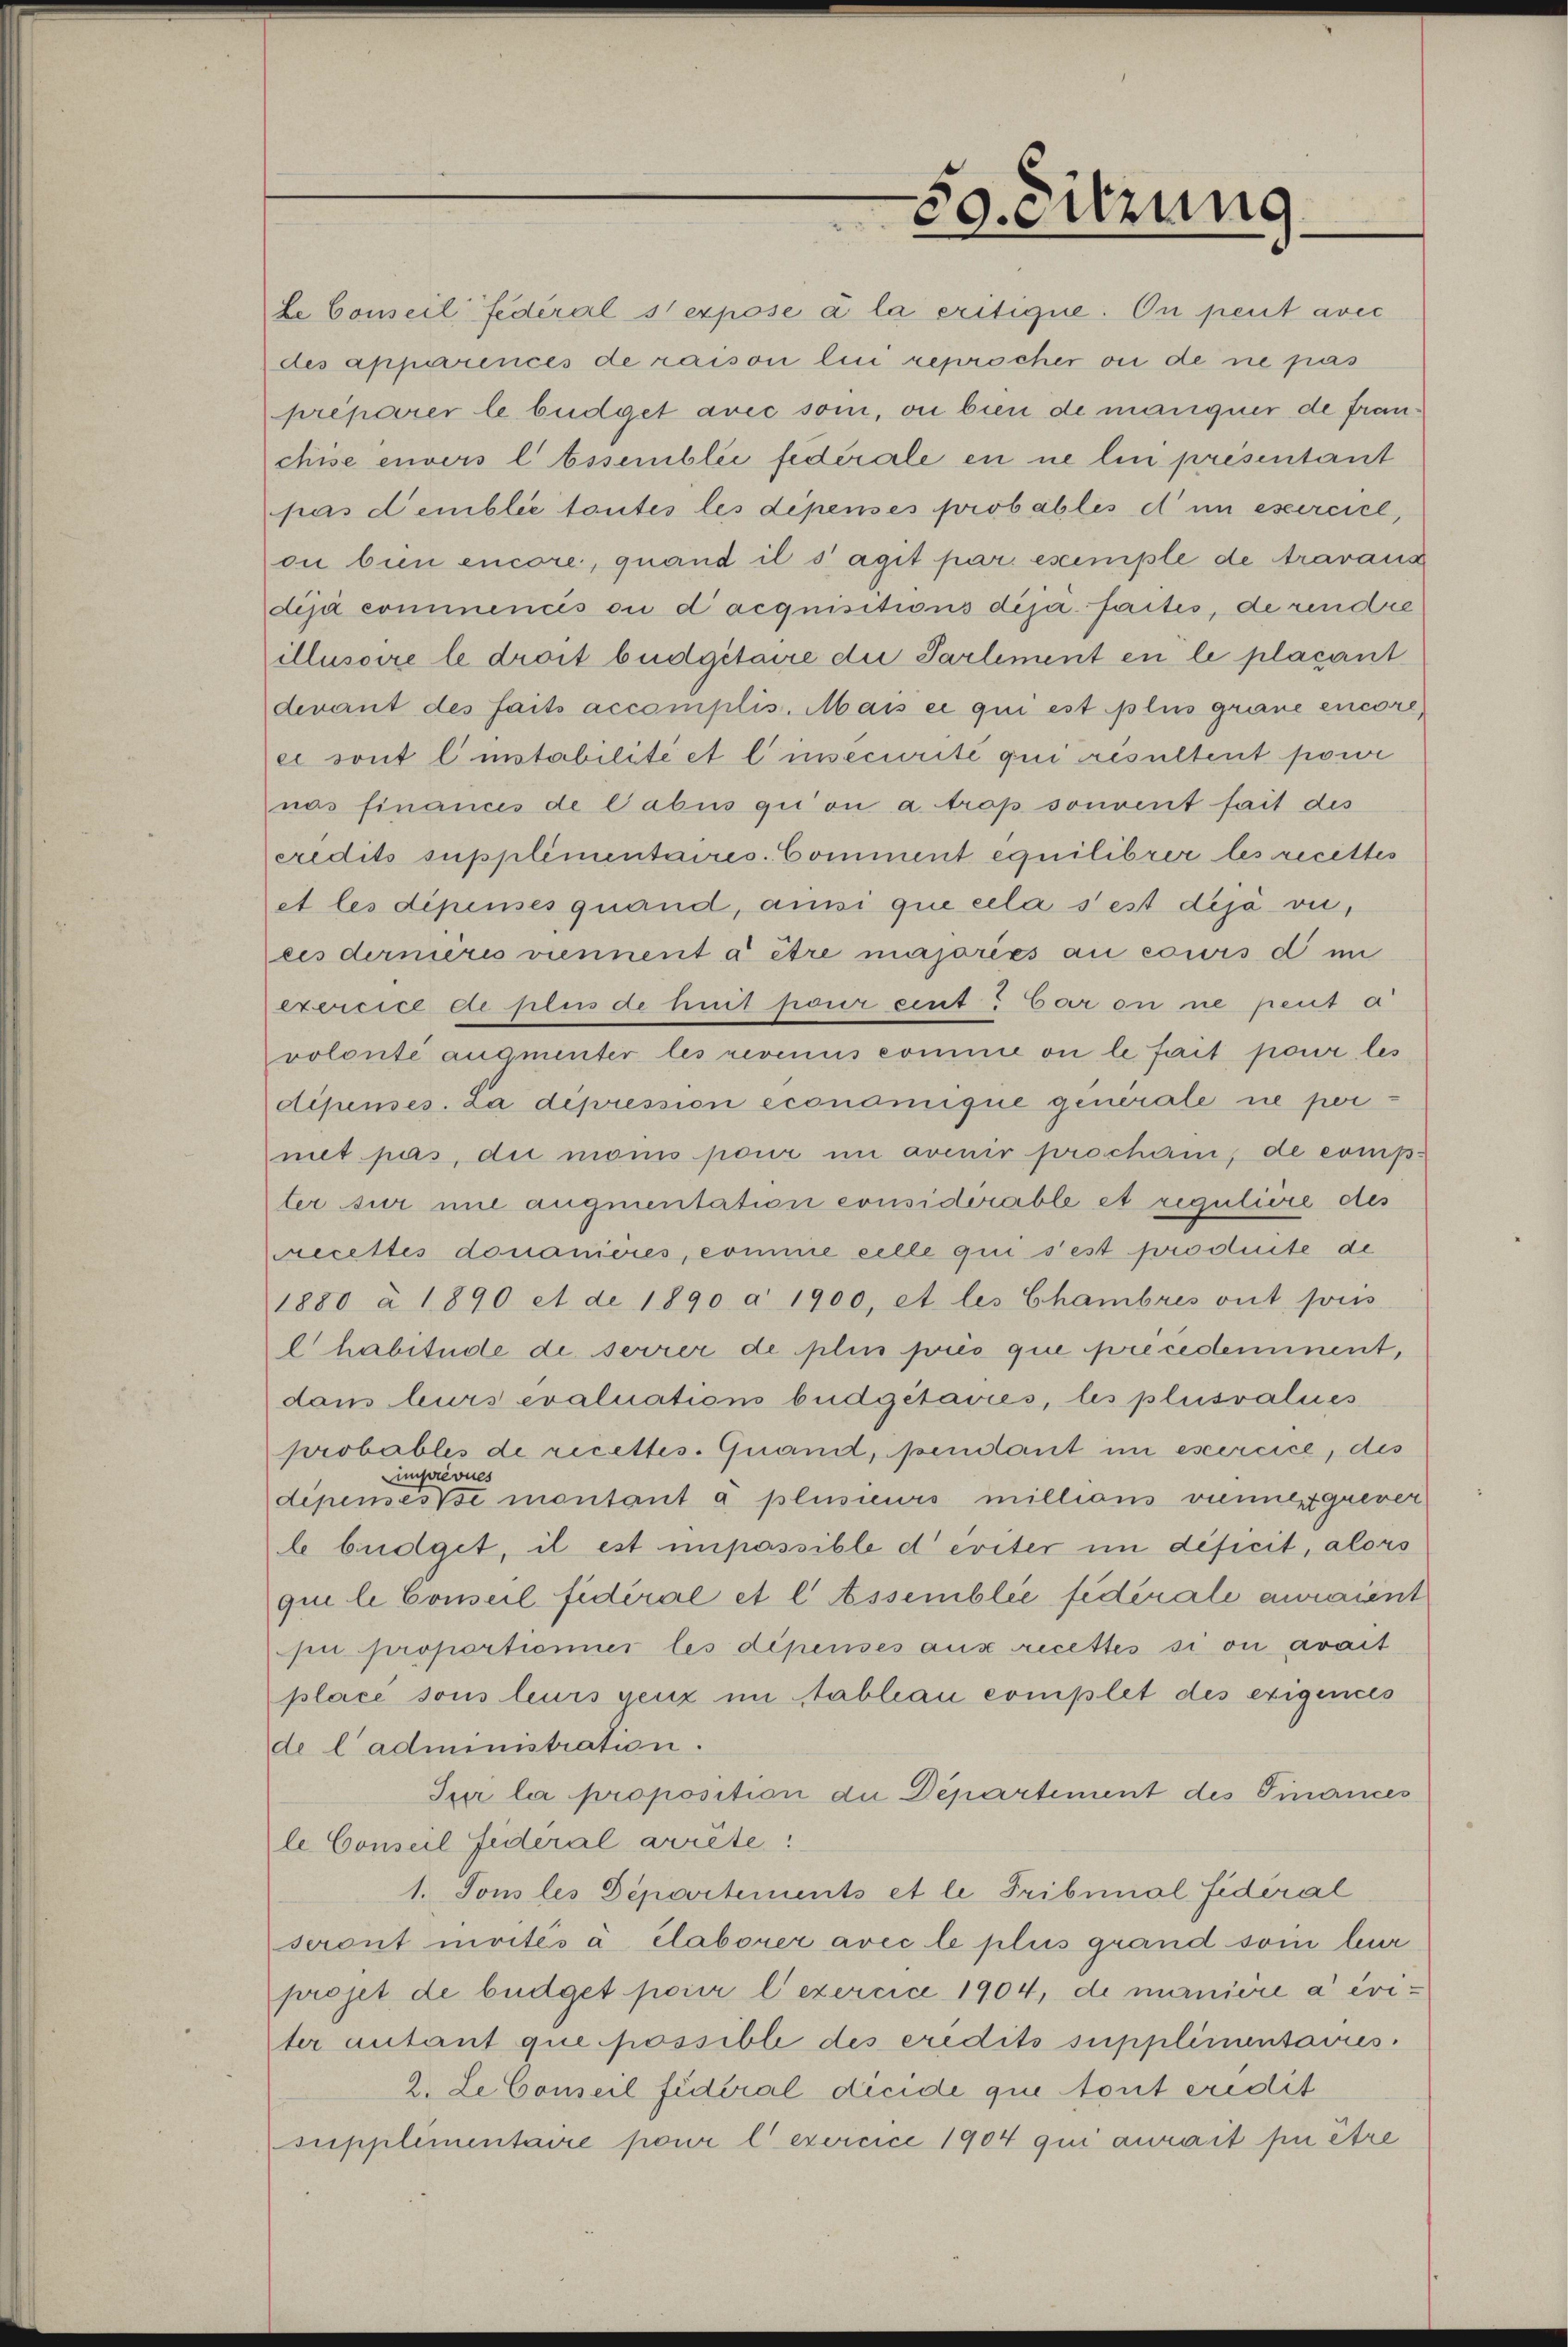
Le Conseil fédéral s'expose à la eritique. On peut avec
des apparrences de raison lui reprocher ou de ne pas
préparer le büdget avec soi, ou bien de manquer de franchise envers l Essemblée federale en ne lin présentant
pas demblée toutes les dépenses probables et in esserciel,
on bin encore, quand il s’agit par eseemiple de travaus
dija commencés ou d’acquisitions déjà faites, de rendre
illusoire le droit budgitaire die Partement en le placant
devant des faits accomplis. Mais ei qui est plus graue encore,
ei sont l’instabilité et l’insecurite qui résultent powi
nas finances de Cabus qui on a trop souvent fait des
credits supplimentaires. Comment equilibrer les recettes
et les dépenses quand, ansi que cela sest dija vices dernières viennent à être majoriés au cours d im
exercice et plus de huit pour cent bar on ne peut a
volonté augmenter les revenus comme ou le fait pour les
dépenses. La dépression economique generale ne pernet pas, die monis pour in avenir prochen, de comp-
ter sur nie augmentation considerable et regulière des
ecettes donanières, comme celle qui s’est soroduite de
1880 à 1890 et de 1890 a 1900, et les Chambres ont pris
habitude de serrer de plus prés que précédemmnent,
dam urs evaluations büdgetaries, les plusvalues
probables de recettes. Quand, sendant in esercice, des
imprévues
dipemesse montant a plusieurs millians viennerquever
l büdget, il est unpassible deriter im deficit, alors
qui le Conseil fidéral et l Assemblée fédérale auraient
u proportionier les dépenses aux recettes si ou avait
place sous leurs genz im Stablau complet des exigences
de l’administration.
Jur la proposition die Departiment des Finances
le Conseil Federal arrête:
1. Tous les Departements et le Tribunal fideral
seront moités à élaborer avec le plus grand soin bur
projet de büdget pour l’exercice 1904, de manière a éviter autant que possible des eredits supplimentaires.
2. LeConseil fidéral decide que tout credit
supplimentaire pour l exercice 1904 qui aurait fin être

Soeuzung